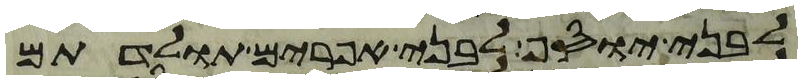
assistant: לבני יוסף לבני אפרים תולדתם